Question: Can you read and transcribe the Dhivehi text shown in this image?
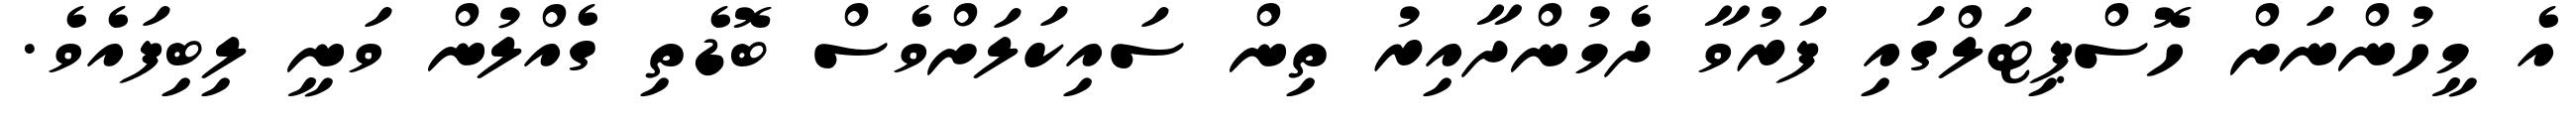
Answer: އެ މީހުންނަށް ހޮސްޕިޓަލްގައި ފަރުވާ ދެމުންދާއިރު ތިން ސައިކަލަށްވެސް ބޮޑެތި ގެއްލުން ވަނީ ލިބިފައެވެ.